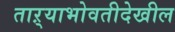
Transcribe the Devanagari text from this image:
ताऱ्याभोवतीदेखील